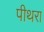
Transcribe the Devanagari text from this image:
पीथरा